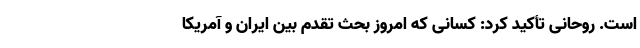
است. روحانی تأکید کرد: کسانی که امروز بحث تقدم بین ایران و آمریکا